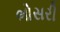
ભોસરી